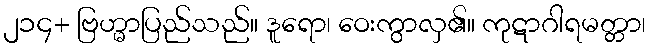
၂၁၄+ ဗြဟ္မာပြည်သည်။ ဒူရော၊ ဝေးကွာလှ၏။ ကုဋာဂါရမတ္တာ၊